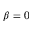
\beta = 0